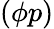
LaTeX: (\phi p)